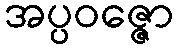
အပ္ပဝဇ္ဇော